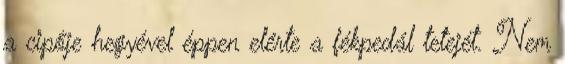
a cipője hegyével éppen elérte a fékpedál tetejét. Nem